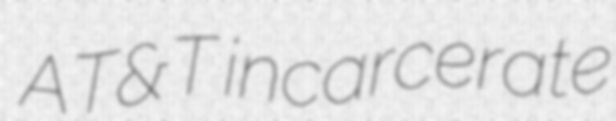
AT&T incarcerate